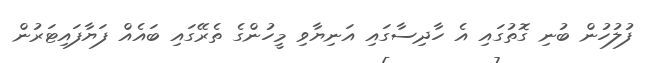
ފުލުހުން ބުނި ގޮތުގައި އެ ހާދިސާގައި އަނިޔާވި މީހުންގެ ތެރޭގައި ބައެއް ފަޔާފައިޓަރުން